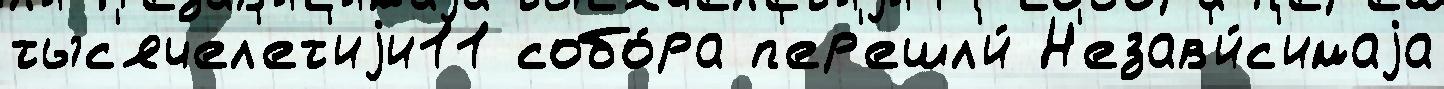
тыс'ячел'ет'иjи11 собо́ра п'ер'ешл'и́ Н'езав'и́с'имаjа